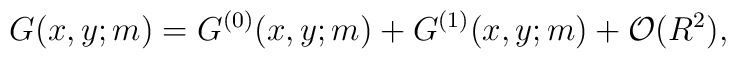
G(x,y;m)=G^{(0)}(x,y;m)+G^{(1)}(x,y;m)+{\cal O}(R^{2}),